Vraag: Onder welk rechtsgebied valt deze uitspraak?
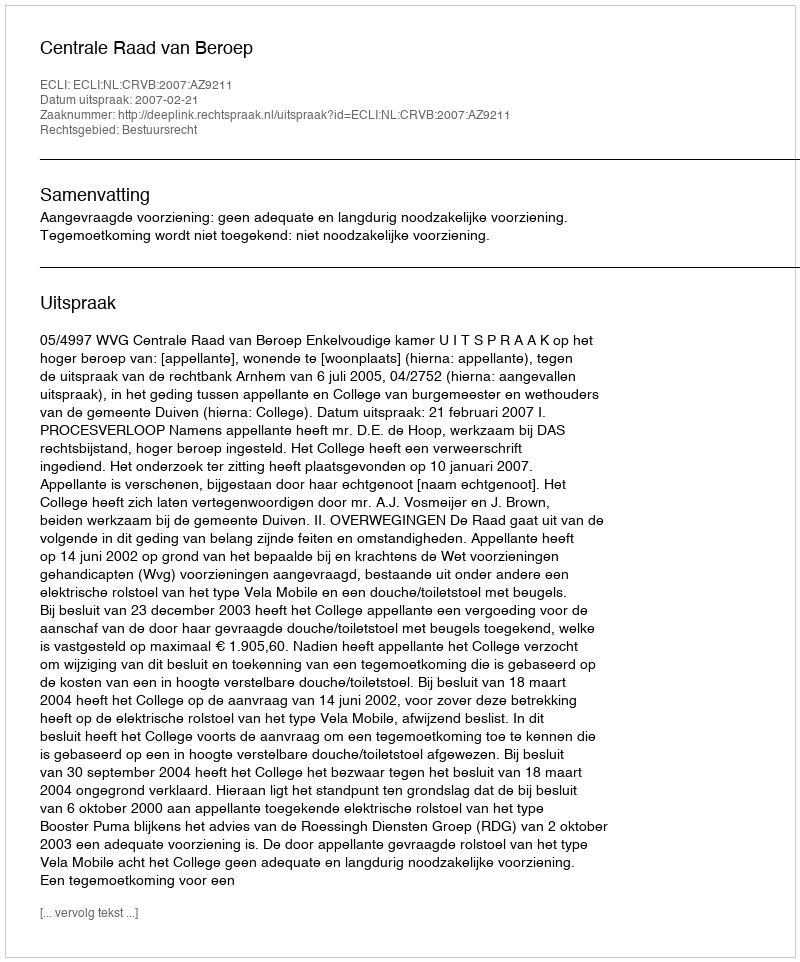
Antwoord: Bestuursrecht